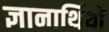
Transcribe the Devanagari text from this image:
ज्ञानार्थियों